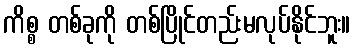
ကိစ္စ တစ်ခုကို တစ်ပြိုင်တည်းမလုပ်နိုင်ဘူး။